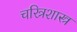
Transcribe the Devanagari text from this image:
चरित्रशास्त्र